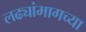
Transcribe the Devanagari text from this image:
लढ्यांमागच्या